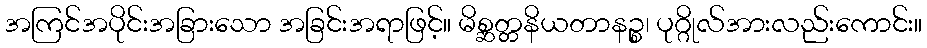
အကြင်အပိုင်းအခြားသော အခြင်းအရာဖြင့်။ မိစ္ဆတ္တနိယတာနဉ္စ၊ ပုဂ္ဂိုလ်အားလည်းကောင်း။